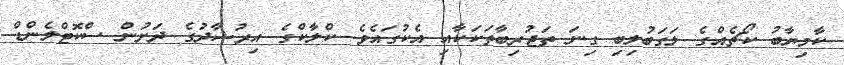
ކާމިޔާބު ކޯޗެއްގެ ލަގަބުލިބި ގިނަ ތަޖުރިބާތަކަކާއި އެކުގައެވެ. ކްލާކްގެ އިރުޝާދުގެ ދަށުން ސްކޮޓްލެންޑް